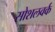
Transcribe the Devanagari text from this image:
सोशलवर्क